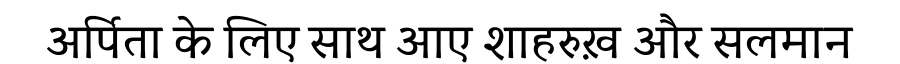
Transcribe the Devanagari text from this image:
अर्पिता के लिए साथ आए शाहरुख़ और सलमान